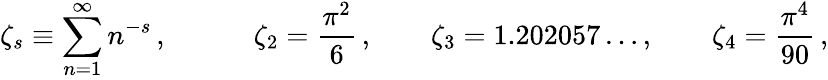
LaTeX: \zeta_{s}\equiv\sum_{n=1}^{\infty}n^{-s}\, ,\qquad\quad\zeta_{2}={\frac{\pi^{2}}{6}}\, ,\qquad\zeta_{3}=1.202057\ldots,\qquad\zeta_{4}={\frac{\pi^{4}}{90}}\, ,